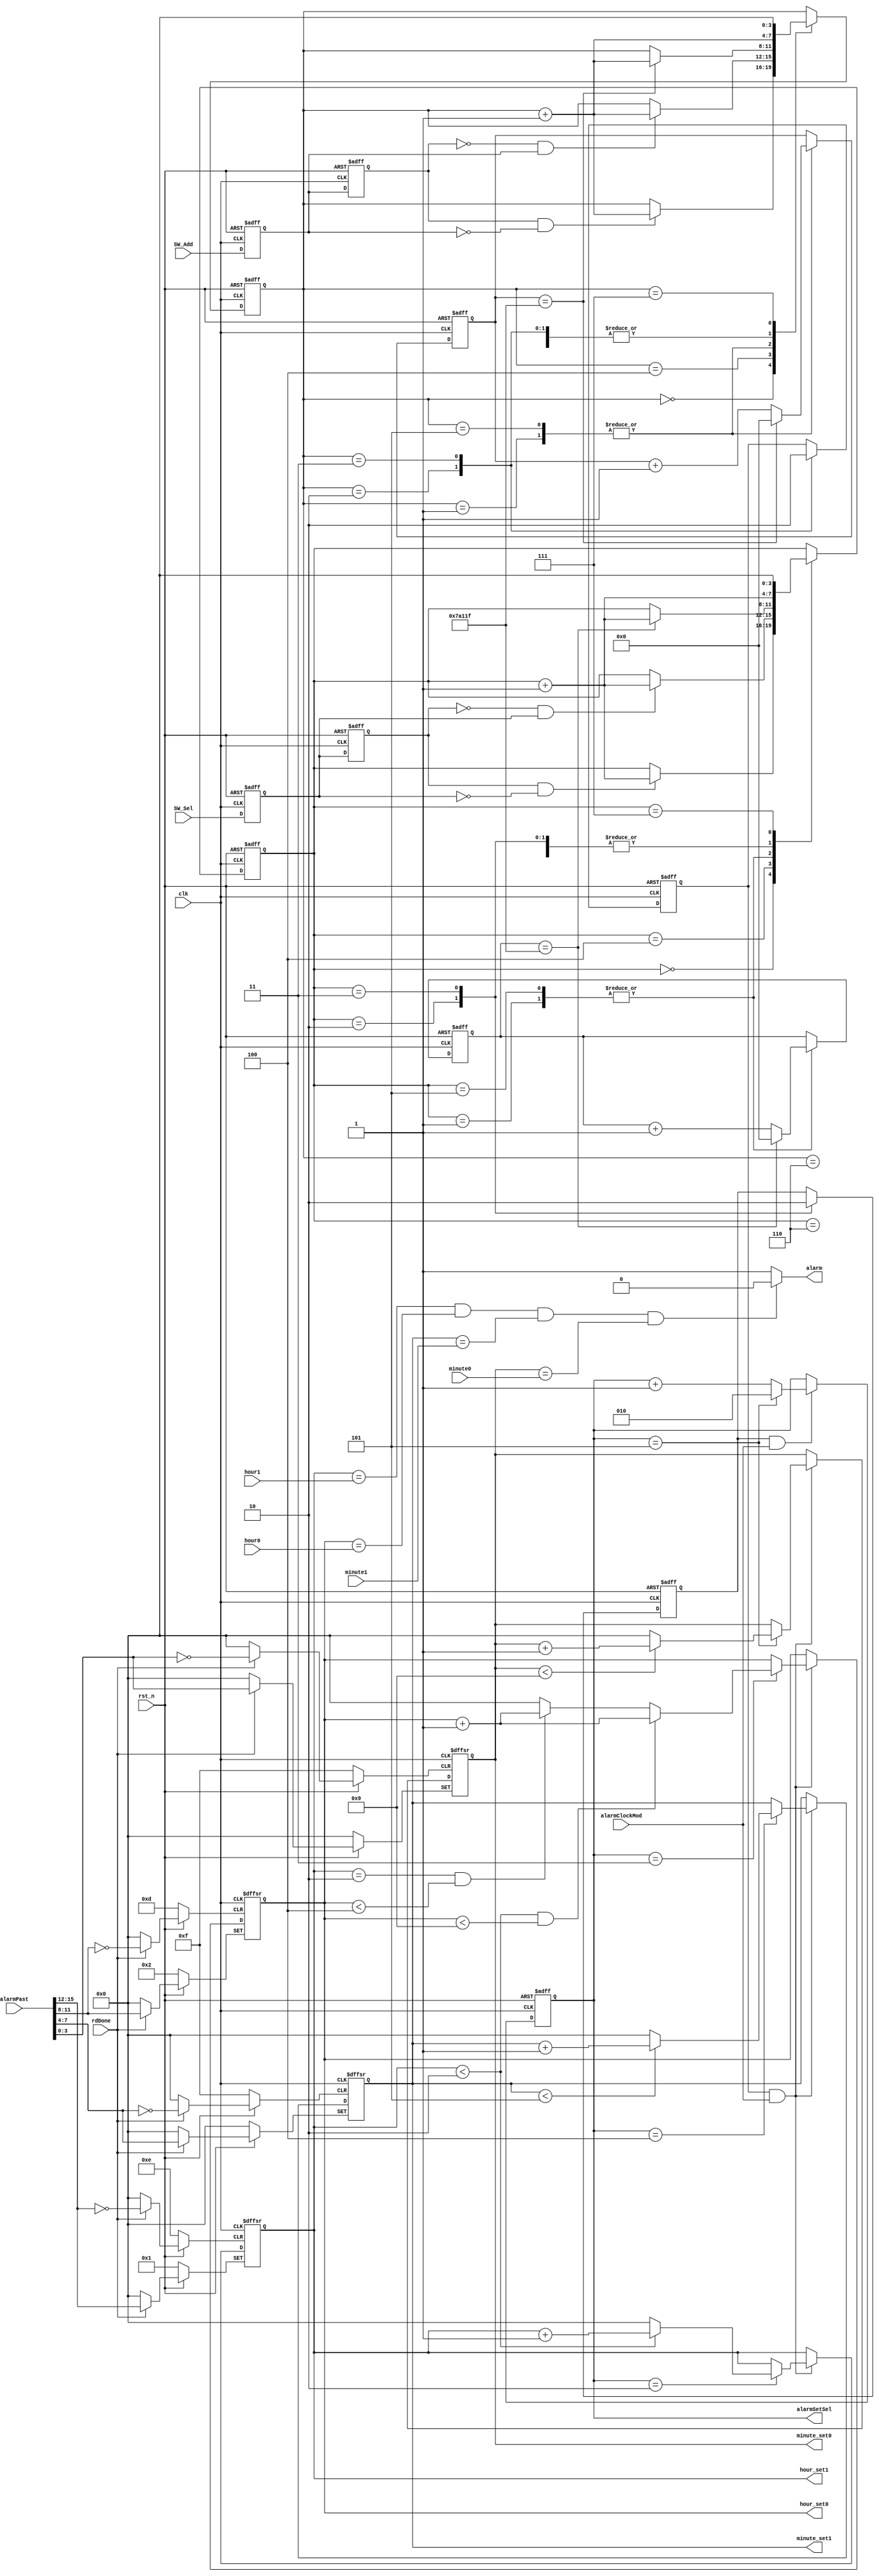
module alarmClock(
	input clk,
	input rst_n,
	input alarmClockMod,
	input SW_Sel,
	input SW_Add,
	input rdDone,
	input 		[3:0] hour1,hour0,
	input  		[3:0] minute1,minute0, 
	input       [15:0] alarmPast,
	output reg 	[3:0] hour_set1,hour_set0,					  	      
	output reg 	[3:0] minute_set1,minute_set0,			 		      
	output reg 			alarm,						//闹钟输出
	output reg 	[2:0] alarmSetSel
	);		
	
	//**************************位选按键消抖*********************
	parameter T400MS = 21'd50_0000;
	reg F2, F1;
	
	always @ (posedge clk or negedge rst_n)
	begin
		if (!rst_n)
		begin 
			{F2, F1} <= 2'b11;
		end
		else
			{F2, F1} <= {F1, SW_Sel};
	end
	
	wire isSW_SelH2L = (F2 == 1 && F1 == 0);
	wire isSW_SelL2H = (F2 == 0 && F1 == 1);
	
	reg [3:0] i;
	reg isSW_SelPress, isSW_SelRelease;
	reg [18:0] C1;
	
	always @ ( posedge clk or negedge rst_n )
	begin 
		if (!rst_n)
		begin 
			i <= 4'd0;
			{isSW_SelPress, isSW_SelRelease} <= 2'b00;
			C1 <= 19'd0;
		end
		else 
		begin 
			case (i)
				0:
				if (isSW_SelH2L) i <= i + 1'b1;
				1:
				if (C1 == T400MS - 1) begin C1 <= 19'd0; i <= i + 1'b1; end
				else C1 <= C1 + 1'b1;
				2:
				begin isSW_SelPress <= 1'b1; i <= i + 1'b1; end
				3:
				begin isSW_SelPress <= 1'b0; i <= i + 1'b1; end
				4:
				begin if (isSW_SelL2H) i <= i + 1'b1; end
				5:
				if (C1 == T400MS - 1) begin C1 <= 19'd0; i <= i + 1'b1; end
				else C1 <= C1 + 1'b1;
				6:
				begin isSW_SelRelease <= 1'b1; i <= i + 1'b1; end
				7:
				begin isSW_SelRelease <= 1'b0; i <= 4'd0; end
			endcase
		end
	end
	//*************************************************************
	//**************************增加按键消抖************************
	reg F4, F3;
	
	always @ (posedge clk or negedge rst_n)
	begin
		if (!rst_n)
		begin 
			{F4, F3} <= 2'b11;
		end
		else
			{F4, F3} <= {F3, SW_Add};
	end
	
	wire isSW_AddH2L = (F4 == 1 && F3 == 0);
	wire isSW_AddL2H = (F4 == 0 && F3 == 1);
	
	reg [3:0] _i;
	reg isSW_AddPress, isSW_AddRelease;
	reg [18:0] C2;
	
	always @ ( posedge clk or negedge rst_n )
	begin 
		if (!rst_n)
		begin 
			_i <= 4'd0;
			{isSW_AddPress, isSW_AddRelease} <= 1'b0;
			C2 <= 19'd0;
		end
		else 
		begin 
			case (_i)
				0:
				if (isSW_AddH2L) _i <= _i + 1'b1;
				1:
				if (C2 == T400MS - 1) begin C2 <= 19'd0; _i <= _i + 1'b1; end
				else C2 <= C2 + 1'b1;
				2:
				begin isSW_AddPress <= 1'b1; _i <= _i + 1'b1; end
				3:
				begin isSW_AddPress <= 1'b0; _i <= _i + 1'b1; end
				4:
				if (isSW_AddL2H) _i <= _i + 1'b1;
				5:
				if (C2 == T400MS - 1) begin C2 <= 19'd0; _i <= _i + 1'b1; end
				else C2 <= C2 + 1'b1;
				6:
				begin isSW_AddRelease <= 1'b1; _i <= _i + 1'b1; end
				7:
				begin isSW_AddRelease <= 1'b0; _i <= 4'd0; end
			endcase
		end
	end
	//*************************************************************
	always @ (negedge clk or negedge rst_n)
	begin 
		if (!rst_n)
		begin 
			alarmSetSel <= 3'd2;
		end
		else 
		begin
			if (isSW_SelPress && alarmClockMod)
			begin 
				if (alarmSetSel == 3'd5)
					alarmSetSel <= 3'd2;
				else 
					alarmSetSel <= alarmSetSel + 1'b1;
			end
		end
	end
	
	//***********************时间比较*****************************************
	initial alarm <= 1'b1;
	always
	begin
		//if (alarmClockMod)
		//begin
			if((hour_set1 == hour1)&&(hour_set0 == hour0) &&(minute_set1 == minute1)&&(minute_set0==minute0))
				alarm <= 1'b0;   
			else
				alarm <= 1'b1; 
		//end
		//else
		//	alarm <= 1'b0;
	end
	//***********************************************************************
	
	
	always @(posedge clk or negedge rst_n or posedge rdDone)
	begin
		if (!rst_n)
		begin
			hour_set1 <= 4'd1;
			hour_set0 <= 4'd2;
			minute_set1 <= 4'd0;
			minute_set0 <= 4'd0;
		end
		else
		begin
			if (rdDone)
				{hour_set1, hour_set0, minute_set1, minute_set0} <= alarmPast[15:0];
			else if (isSW_AddPress && alarmClockMod)
			begin
				case(alarmSetSel)
					3'd2: begin         //000时，设置小时的高位
							  if(hour_set1 < 4'b0010) 
							  hour_set1 <= hour_set1 + 4'b1;
								  else
								  hour_set1 <= 4'b0;
							end
					3'd3: begin        //001时，小时低位
							  if((hour_set1 < 4'b0010)&&(hour_set0 < 4'b1001)) 
								 hour_set0 <= hour_set0 + 4'b1;
							  else if((hour_set1==4'b0010)&&(hour_set0 < 4'b0100))
								 hour_set0 <= hour_set0 + 4'b1;
							  else
								hour_set0 <= 4'b0;
						  end
					3'd4: begin     //010时，分钟高位
							  if(minute_set1 < 4'b0101) 
								 minute_set1 <= minute_set1 + 4'b1;
							  else
								 minute_set1 <= 4'b0;
						  end
					3'd5: begin    //011时，分钟低位
							  if(minute_set0 < 4'b1001) 
							  minute_set0 <= minute_set0 + 4'b1;
							  else
							  minute_set0 <= 4'b0;
							end
				endcase
			end
		end
	end

endmodule